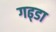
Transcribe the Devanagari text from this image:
गढ्‌डा